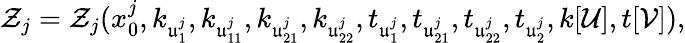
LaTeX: \mathcal Z_{j}=\mathcal Z_{j}(x_{0}^{j},k_{\mathfrak u_{1}^{j}},k_{\mathfrak u_{11}^{j}},k_{\mathfrak u_{21}^{j}},k_{\mathfrak u_{22}^{j}},t_{\mathfrak u_{1}^{j}},t_{\mathfrak u_{21}^{j}},t_{\mathfrak u_{22}^{j}},t_{\mathfrak u_{2}^{j}},k[\mathcal U],t[\mathcal V]),